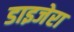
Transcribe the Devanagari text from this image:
डाइजेरा